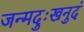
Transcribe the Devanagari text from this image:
जन्मदुःखनुदं